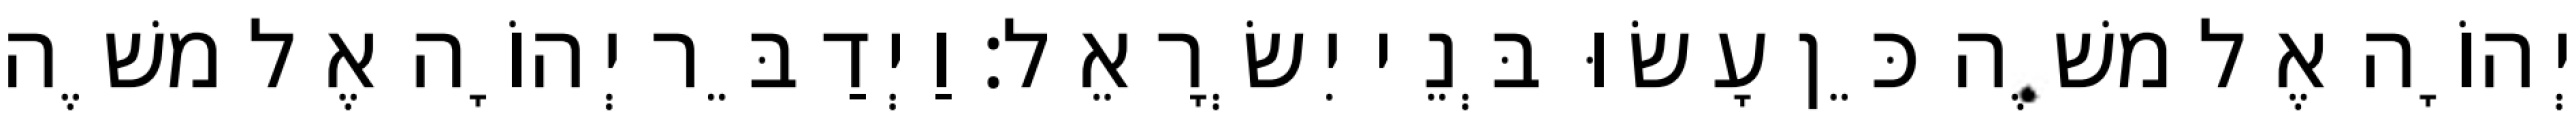
יְהוָֹה אֶל משֶׁה כֵּן עָשׂוּ בְּנֵי יִשְׂרָאֵל׃ וַיְדַבֵּר יְהוָֹה אֶל משֶׁה